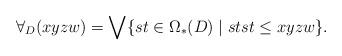
LaTeX: \begin{align*}\forall_D(xyzw) = \bigvee \{st \in \Omega_\ast(D) \mid stst \leq xyzw\}.\end{align*}